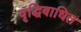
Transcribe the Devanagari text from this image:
वृद्धिबाधित